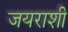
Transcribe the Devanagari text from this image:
जयराशी